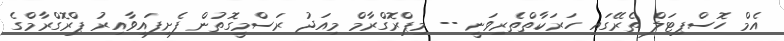
އެމް ހޮސްޕިޓަލް ތެރޭގައި ހަރަކާތްތެރިވަނީ -- މިޕްރޮގްރާމް މިއަދު ރަސްމީގޮތުން ފެށިފައިވާއިރު ޕްރޮގްރާމްގެ